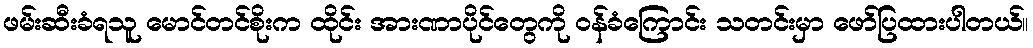
ဖမ်းဆီးခံရသူ မောင်တင်စိုးက ထိုင်း အားဏာပိုင်တွေကို ဝန်ခံကြောင်း သတင်းမှာ ဖော်ပြထားပါတယ်။